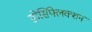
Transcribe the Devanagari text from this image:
डोर्सिफ्लेक्शन